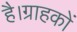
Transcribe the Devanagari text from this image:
है।ग्राहकों